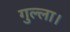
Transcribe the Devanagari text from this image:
गुल्ला।